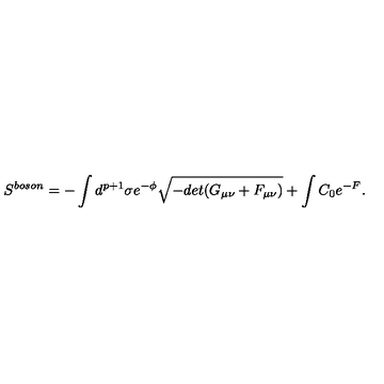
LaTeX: S ^ { b o s o n } = - \int d ^ { p + 1 } \sigma e ^ { - \phi } \sqrt { - d e t ( G _ { \mu \nu } + F _ { \mu \nu } ) } + \int C _ { 0 } e ^ { - F } .